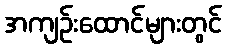
အကျဉ်းထောင်များတွင်